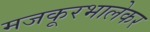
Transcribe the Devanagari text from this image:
मजकूरभालेकर